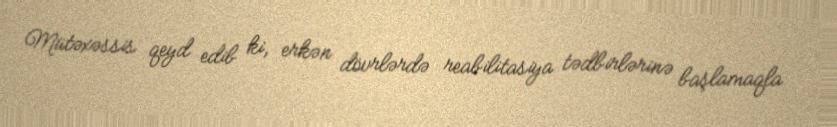
Mütəxəssis qeyd edib ki, erkən dövrlərdə reabilitasiya tədbirlərinə başlamaqla